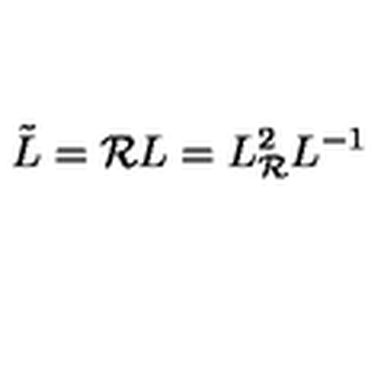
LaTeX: \tilde { L } = { \cal R } L = L _ { \cal R } ^ { 2 } L ^ { - 1 }